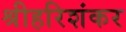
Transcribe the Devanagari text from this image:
श्रीहरिशंकर